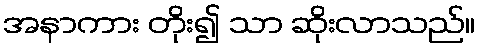
အနာကား တိုး၍ သာ ဆိုးလာသည်။